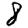
Digit: 8